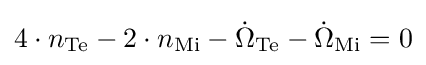
4\cdot n_{\rm {Te}}-2\cdot n_{\rm {Mi}}-{\dot {\Omega }}_{\rm {Te}}-{\dot {\Omega }}_{\rm {Mi}}=0